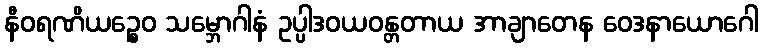
နီဝရဏိယဉ္စေဝ သမ္ဘောဂါနံ ဥပ္ပါဒဝယဝန္တတာယ အာချာတေန ဝေဒနာယောဂေါ